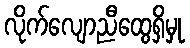
လိုက်လျောညီထွေရှိမှု